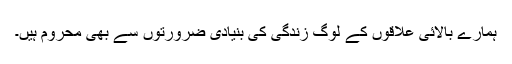
ہمارے بالائی علاقوں کے لوگ زندگی کی بنیادی ضرورتوں سے بھی محروم ہیں۔